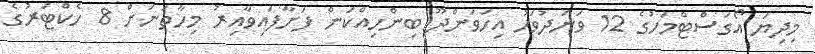
މިދިޔަ އޯގަސްޓްމަހުގެ 12 ވަނަދުވަހު އިހަވަންދޫ ބިންހިއްކަން ފަށާފައިވާއިރު މިހާތަނަށް 8 ހެކްޓަރުގެ